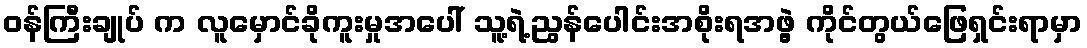
ဝန်ကြီးချုပ် က လူမှောင်ခိုကူးမှုအပေါ် သူ့ရဲ့ညွန်ပေါင်းအစိုးရအဖွဲ့ ကိုင်တွယ်ဖြေရှင်းရာမှာ